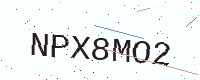
Text: NPX8MO2